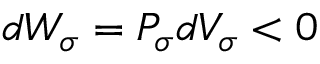
d { \cal W } _ { \sigma } = { \cal P } _ { \sigma } d V _ { \sigma } < 0